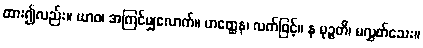
ထား၍လည်း။ ယာဝ၊ အကြင်မျှလောက်။ ဟတ္ထေန၊ လက်ဖြင့်။ န မုဉ္စတိ၊ မလွှတ်သေး။